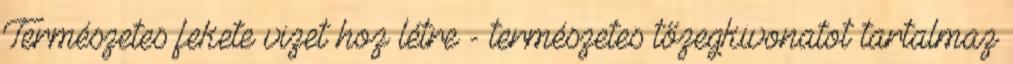
Természetes fekete vizet hoz létre - természetes tőzegkivonatot tartalmaz